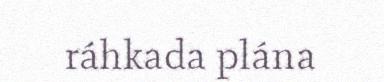
ráhkada plána